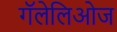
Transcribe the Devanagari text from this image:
गॅलेलिओज